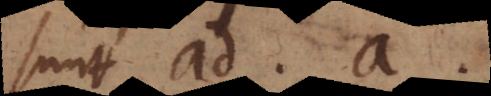
sunt ad, a,